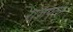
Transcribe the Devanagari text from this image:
राजपुती